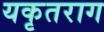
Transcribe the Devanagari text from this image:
यकृतराग